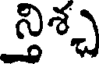
న్తిశ్చ